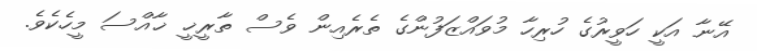
އޭނާ އަކީ ހަވީރުގެ ހުރިހާ މުވައްޒަފުންގެ ތެރެއިން ވެސް ތާރީޚީ ޚާއްސަ މީހެކެވެ.